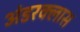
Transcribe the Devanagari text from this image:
अंडरक्लास